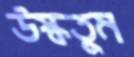
উস্‌কতুম